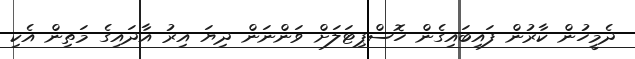
ދެމީހުން ކާރުން ފައިބައިގެން ހޮސްޕިޓަލަށް ވަންނަން ދިޔަ އިރު އާދައިގެ މަތިން އެކި